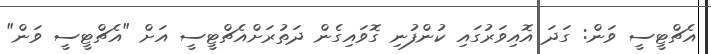
އެޗްޓީސީ ވަން: ގަދަ އޮއިވަރުގައި ކުންފުނި ގޮވައިގެން ދަތުރަށްއެޗްޓީސީ އަށް "އެޗްޓީސީ ވަން"